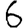
Digit: 6